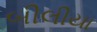
બીલીયા